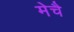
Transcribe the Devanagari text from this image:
मेचै